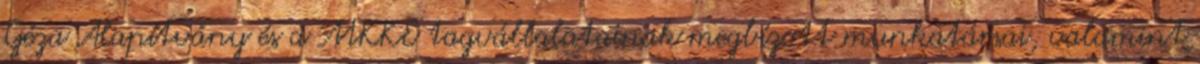
Géza Alapítvány és a MKKE tagvállalatainak megbízott munkatársai, valamint